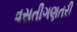
વસતીગણતરી